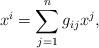
LaTeX: \begin{align*}x^i = \sum^n_{j=1} g_{ij}x^j,\end{align*}